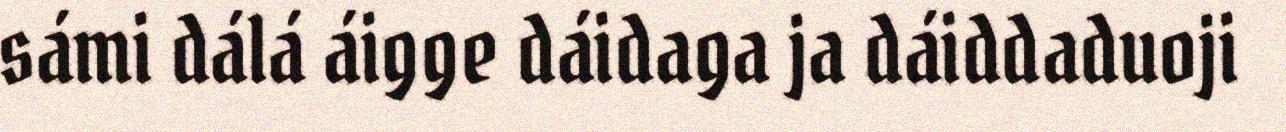
sámi dálá áigge dáidaga ja dáiddaduoji